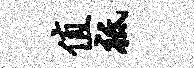
值祗